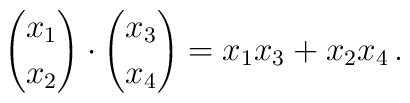
{x_1 \choose x_2} \cdot {x_3 \choose x_4} = x_1 x_3 + x_2 x_4 \, .